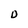
Character: D